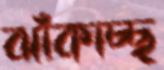
ঝাঁকাচ্ছ